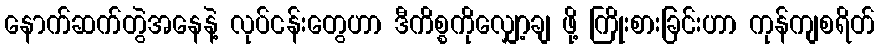
နောက်ဆက်တွဲအနေနဲ့ လုပ်ငန်းတွေဟာ ဒီကိစ္စကိုလျှော့ချ ဖို့ ကြိုးစားခြင်းဟာ ကုန်ကျစရိတ်